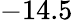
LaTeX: -14.5